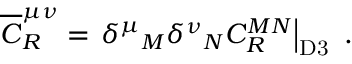
{ \overline { { C } } } _ { R } ^ { \mu \nu } = \left. { \delta ^ { \mu } } _ { M } { \delta ^ { \nu } } _ { N } C _ { R } ^ { M N } \right| _ { \mathrm { D 3 } } ~ .